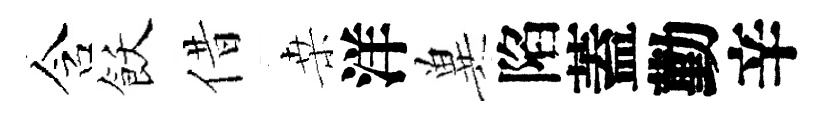
含飫借桒洋兾陷蓋勤辛